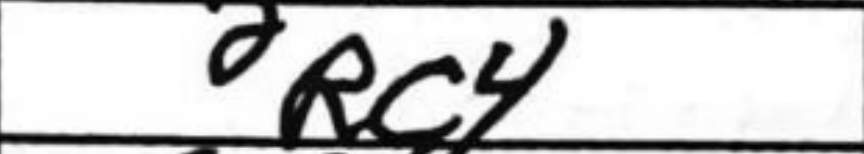
Transcription: Rc4